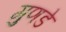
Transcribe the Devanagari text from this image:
गुणडे